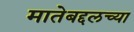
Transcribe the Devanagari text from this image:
मातेबद्दलच्या